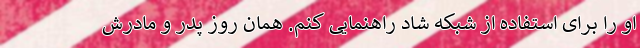
او را برای استفاده از شبکه شاد راهنمایی کنم. همان روز پدر و مادرش